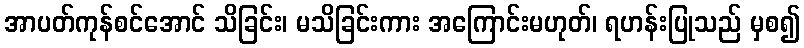
အာပတ်ကုန်စင်အောင် သိခြင်း၊ မသိခြင်းကား အကြောင်းမဟုတ်၊ ရဟန်းပြုသည် မှစ၍